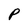
Character: P